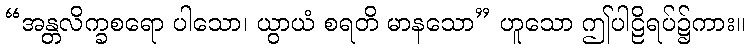
“အန္တလိက္ခစရော ပါသော၊ ယွာယံ စရတိ မာနသော” ဟူသော ဤပါဠိရပ်၌ကား။